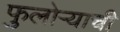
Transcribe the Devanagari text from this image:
फुलोऱ्याची